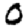
Digit: 0